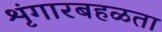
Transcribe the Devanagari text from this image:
शृंगारबहळता